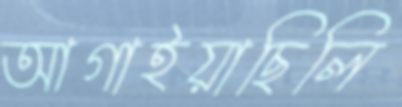
আগাইয়াছিলি